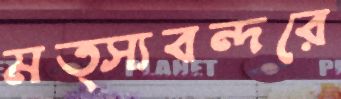
মত্স্যবন্দরে